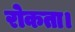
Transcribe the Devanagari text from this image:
रोकता।